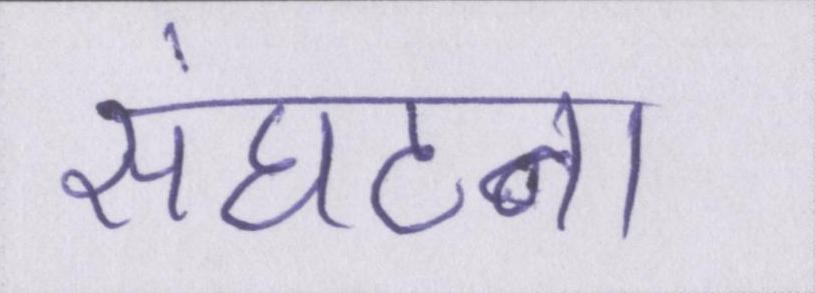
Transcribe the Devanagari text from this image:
संघटना